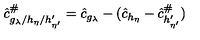
\hat { c } _ { g _ { \lambda } / h _ { \eta } / h _ { \eta ^ { \prime } } ^ { \prime } } ^ { \# } = \hat { c } _ { g _ { \lambda } } - ( \hat { c } _ { h _ { \eta } } - \hat { c } _ { h _ { \eta ^ { \prime } } ^ { \prime } } ^ { \# } )